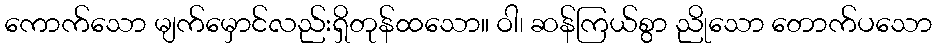
ကောက်သော မျက်မှောင်လည်းရှိတုန်ထသော။ ဝါ၊ ဆန်ကြယ်စွာ ညိုသော တောက်ပသော